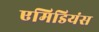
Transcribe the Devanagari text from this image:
एमिडियंस